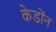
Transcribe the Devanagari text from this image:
केडोंन